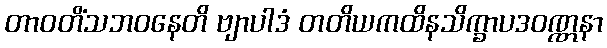
တာဝတိံသဘဝနေတိ ဗျာပါဒံ တတိယကထိနသိက္ခာပဒဝဏ္ဏနာ